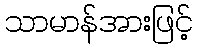
သာမာန်အားဖြင့်